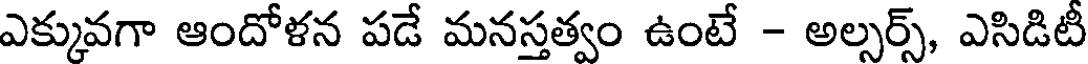
ఎక్కువగా ఆందోళన పడే మనస్తత్వం ఉంటే - అల్సర్స్, ఎసిడిటీ